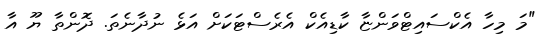
"މަ މިހާ އެކްސައިޓްވަންޏާ ކާޑިއެކް އެރެސްޓަކަށް އަޅެ ނުދާނެތަ. ދޮންތާ ޔޫ އާ